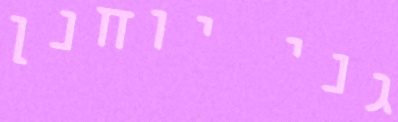
גני יוחנן